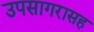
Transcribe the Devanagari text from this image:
उपसागरासह